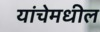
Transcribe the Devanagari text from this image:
यांचेमधील